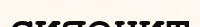
сияенит